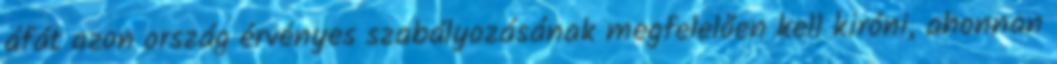
áfát azon ország érvényes szabályozásának megfelelően kell kiróni, ahonnan